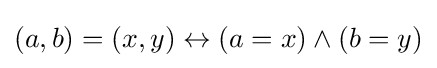
(a,b)=(x,y)\leftrightarrow (a=x)\land (b=y)